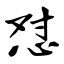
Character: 怼